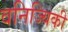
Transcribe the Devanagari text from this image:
वनिज्यिकी